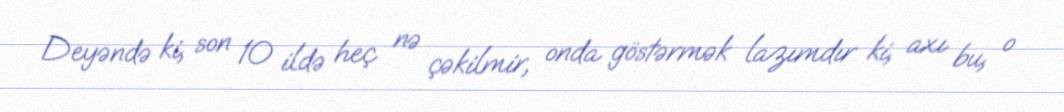
Deyəndə ki, son 10 ildə heç nə çəkilmir, onda göstərmək lazımdır ki, axı bu, o